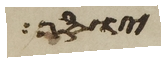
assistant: יוסף